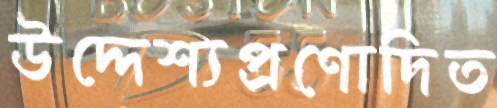
উদ্দেশ্যপ্রণোদিত